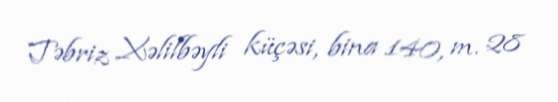
Təbriz Xəlilbəyli küçəsi, bina 140, m. 28